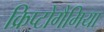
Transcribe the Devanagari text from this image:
क्रिप्टोगैमिया